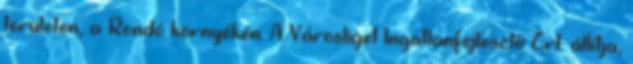
területen, a Rondó környékén. A Városliget Ingatlanfejlesztő Zrt. állítja,